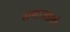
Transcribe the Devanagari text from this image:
समाजप्रती